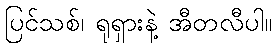
ပြင်သစ်၊ ရုရှားနဲ့ အီတလီပါ။